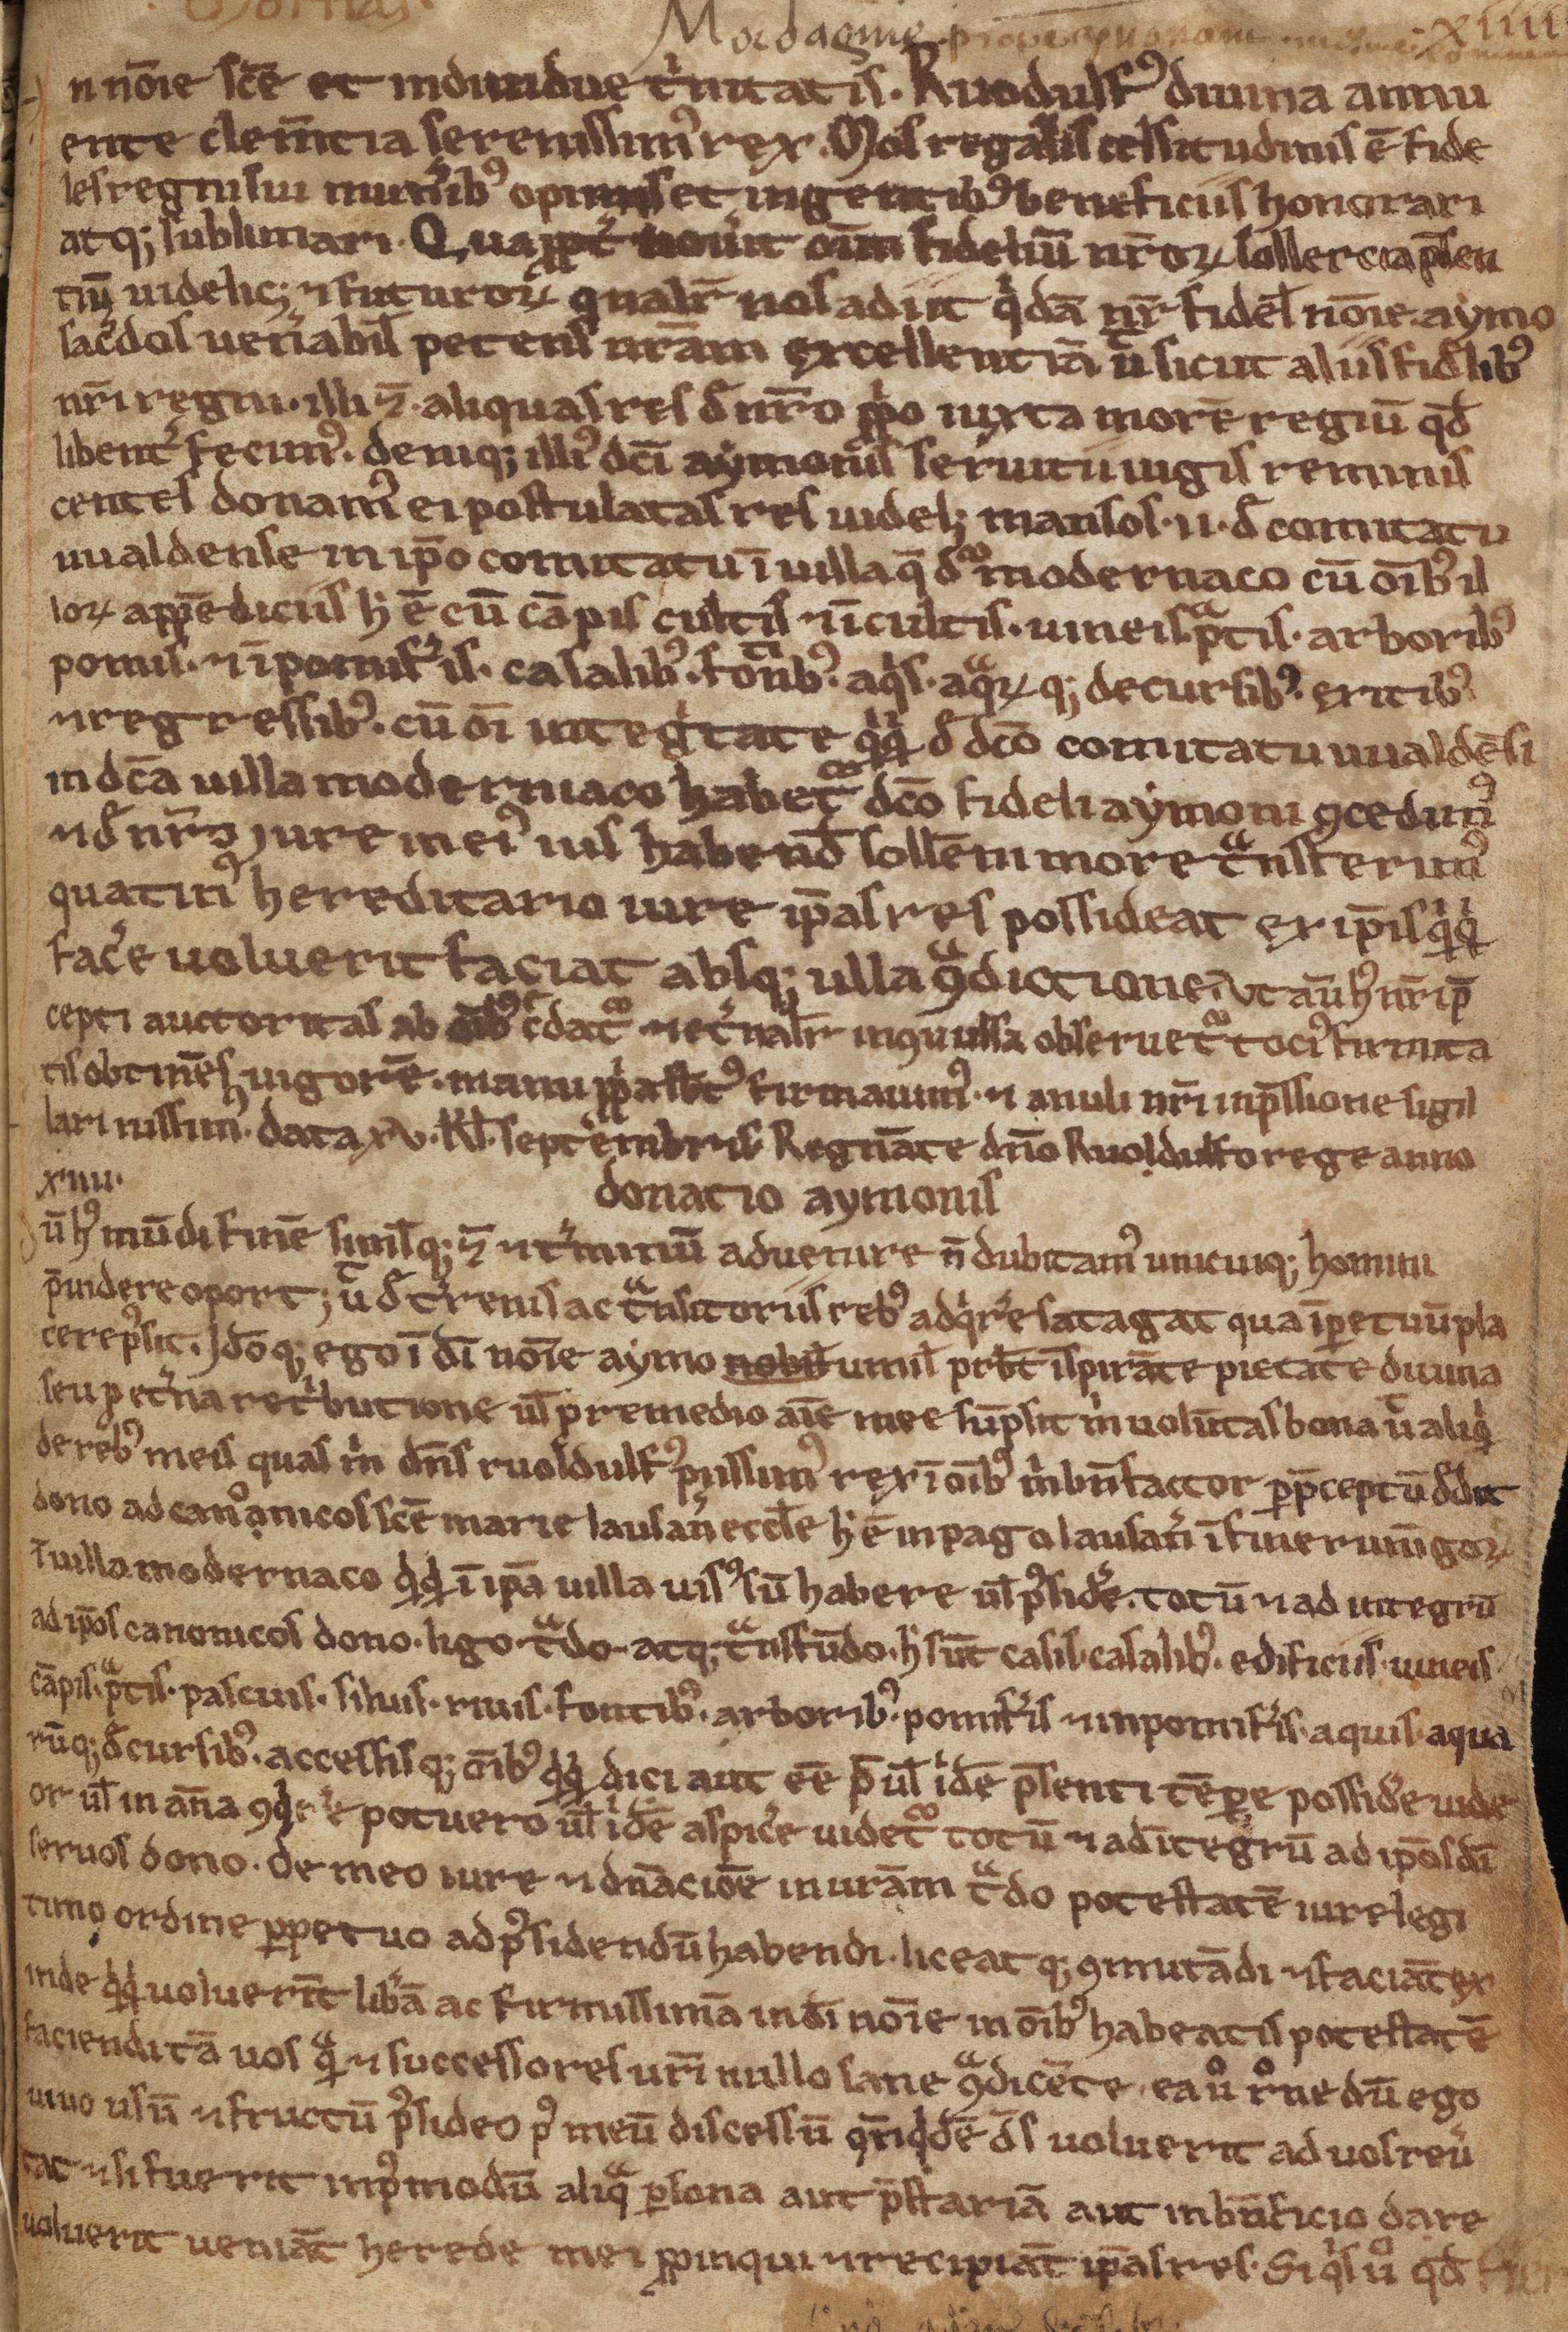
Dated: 1188–1257